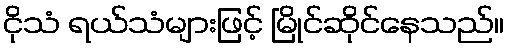
ငိုသံ ရယ်သံများဖြင့် မြိုင်ဆိုင်နေသည်။